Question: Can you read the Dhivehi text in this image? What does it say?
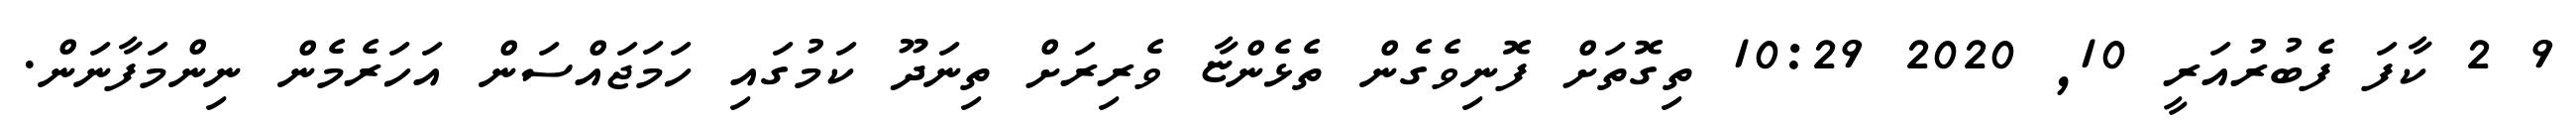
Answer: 9 2 ކާފަ ފެބުރުއަރީ 10, 2020 10:29 ތިގޮތަށް ފޮނިވެގެން ތެޅެންޏާ ވެރިރަށް ތިނަދޫ ކަމުގައި ހަމަޖައްސަން އަހަރެމެން ނިންމަފާނަން.